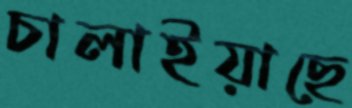
চালাইয়াছে